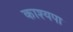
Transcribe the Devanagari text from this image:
काश्यपा